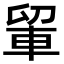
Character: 𮝉